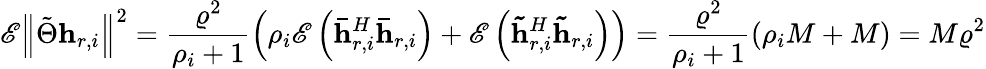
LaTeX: \mathscr{E}\left\Vert\tilde{\Theta}\mathbf{h}_{r,i}\right\Vert^{2}=\frac{\varrho^{2}}{\rho_{i}+1}\left(\rho_{i}\mathscr{E}\left(\mathbf{\bar{h}}_{r,i}^{H}\mathbf{\bar{h}}_{r,i}\right)+\mathscr{E}\left(\mathbf{\tilde{h}}_{r,i}^{H}\mathbf{\tilde{h}}_{r,i}\right)\right)=\frac{\varrho^{2}}{\rho_{i}+1}\left(\rho_{i}M+M\right)=M\varrho^{2}